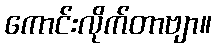
ကောင်းလိုက်တာဗျာ။